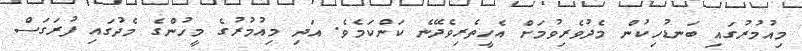
މިއުމުރުގައި ބަނޑުހިކުން މެދުވެރިވުމަށް އެހީތެރިވެދޭނެ ކަންކަމެވެ. އަދި މިއުމުރުގެ މީހުންގެ މެދުގައި ފުރަގަސް